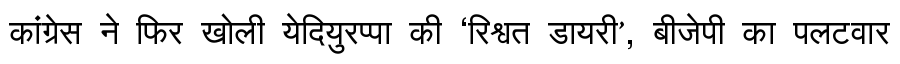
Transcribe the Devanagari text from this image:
कांग्रेस ने फिर खोली येदियुरप्पा की ‘रिश्वत डायरी’, बीजेपी का पलटवार